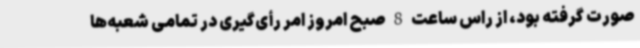
صورت گرفته بود، از راس ساعت 8 صبح امروز امر رأی‌گیری در تمامی شعبه‌ها